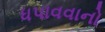
ધપાવવાનો